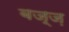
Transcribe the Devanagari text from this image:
बज़्ज़